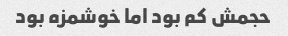
حجمش کم بود اما خوشمزه بود